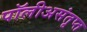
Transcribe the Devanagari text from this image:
पॉलीअसंतृप्त